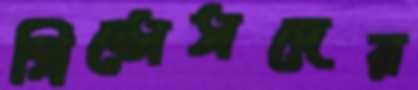
প্রিন্সেসদের